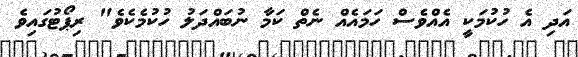
އަދި އެ ހުކުމަކީ އެއްވެސް ހަމައެއް ނެތް ކަމާ ނުބައްދަލު ހުކުމެކެވެ" ރިޕޯޓުގައިވެ